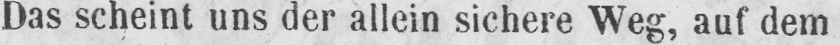
Das scheint uns der allein sichere Weg, auf dem